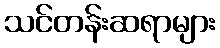
သင်တန်းဆရာများ